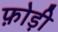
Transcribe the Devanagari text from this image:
फ़ोड़ी